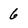
Character: 6